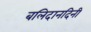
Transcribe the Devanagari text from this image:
बलिदानदिनी